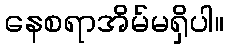
နေစရာအိမ်မရှိပါ။